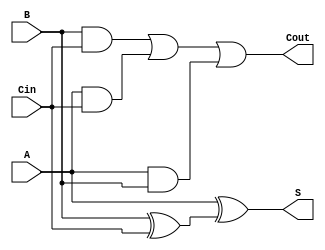
`timescale 1ns / 1ps
//////////////////////////////////////////////////////////////////////////////////
// Company: 
// Engineer: 
// 
// Design Name: 
// Module Name: Full_Adder
// Project Name: 
// Target Devices: 
// Tool Versions: 
// Description: 
// 
// Dependencies: 
// 
// Revision:
// Revision 0.01 - File Created
// Additional Comments:
// 
//////////////////////////////////////////////////////////////////////////////////


module Full_Adder(
    input A,
    input B,
    input Cin,
    output S,
    output Cout
    );
    
    assign S = A ^ (B ^ Cin);
    assign Cout = (B & Cin)|(A & Cin)|(A & B);
    
endmodule